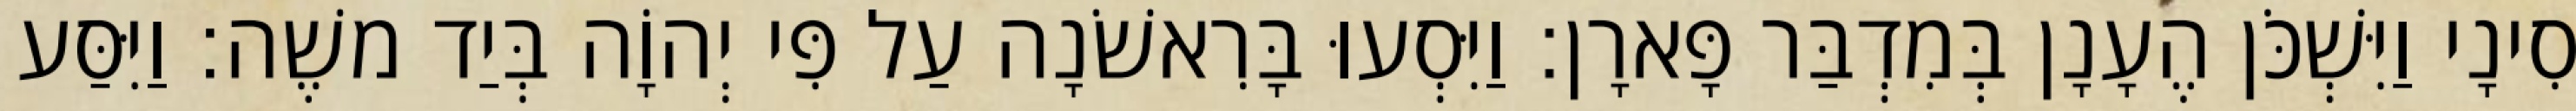
סִינָי וַיִּשְׁכֹּן הֶעָנָן בְּמִדְבַּר פָּארָן׃ וַיִּסְעוּ בָּרִאשֹׁנָה עַל פִּי יְהוָֹה בְּיַד משֶׁה׃ וַיִּסַּע